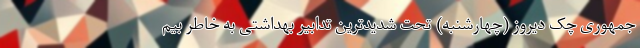
جمهوری چک دیروز (چهارشنبه) تحت شدیدترین تدابیر بهداشتی به خاطر بیم